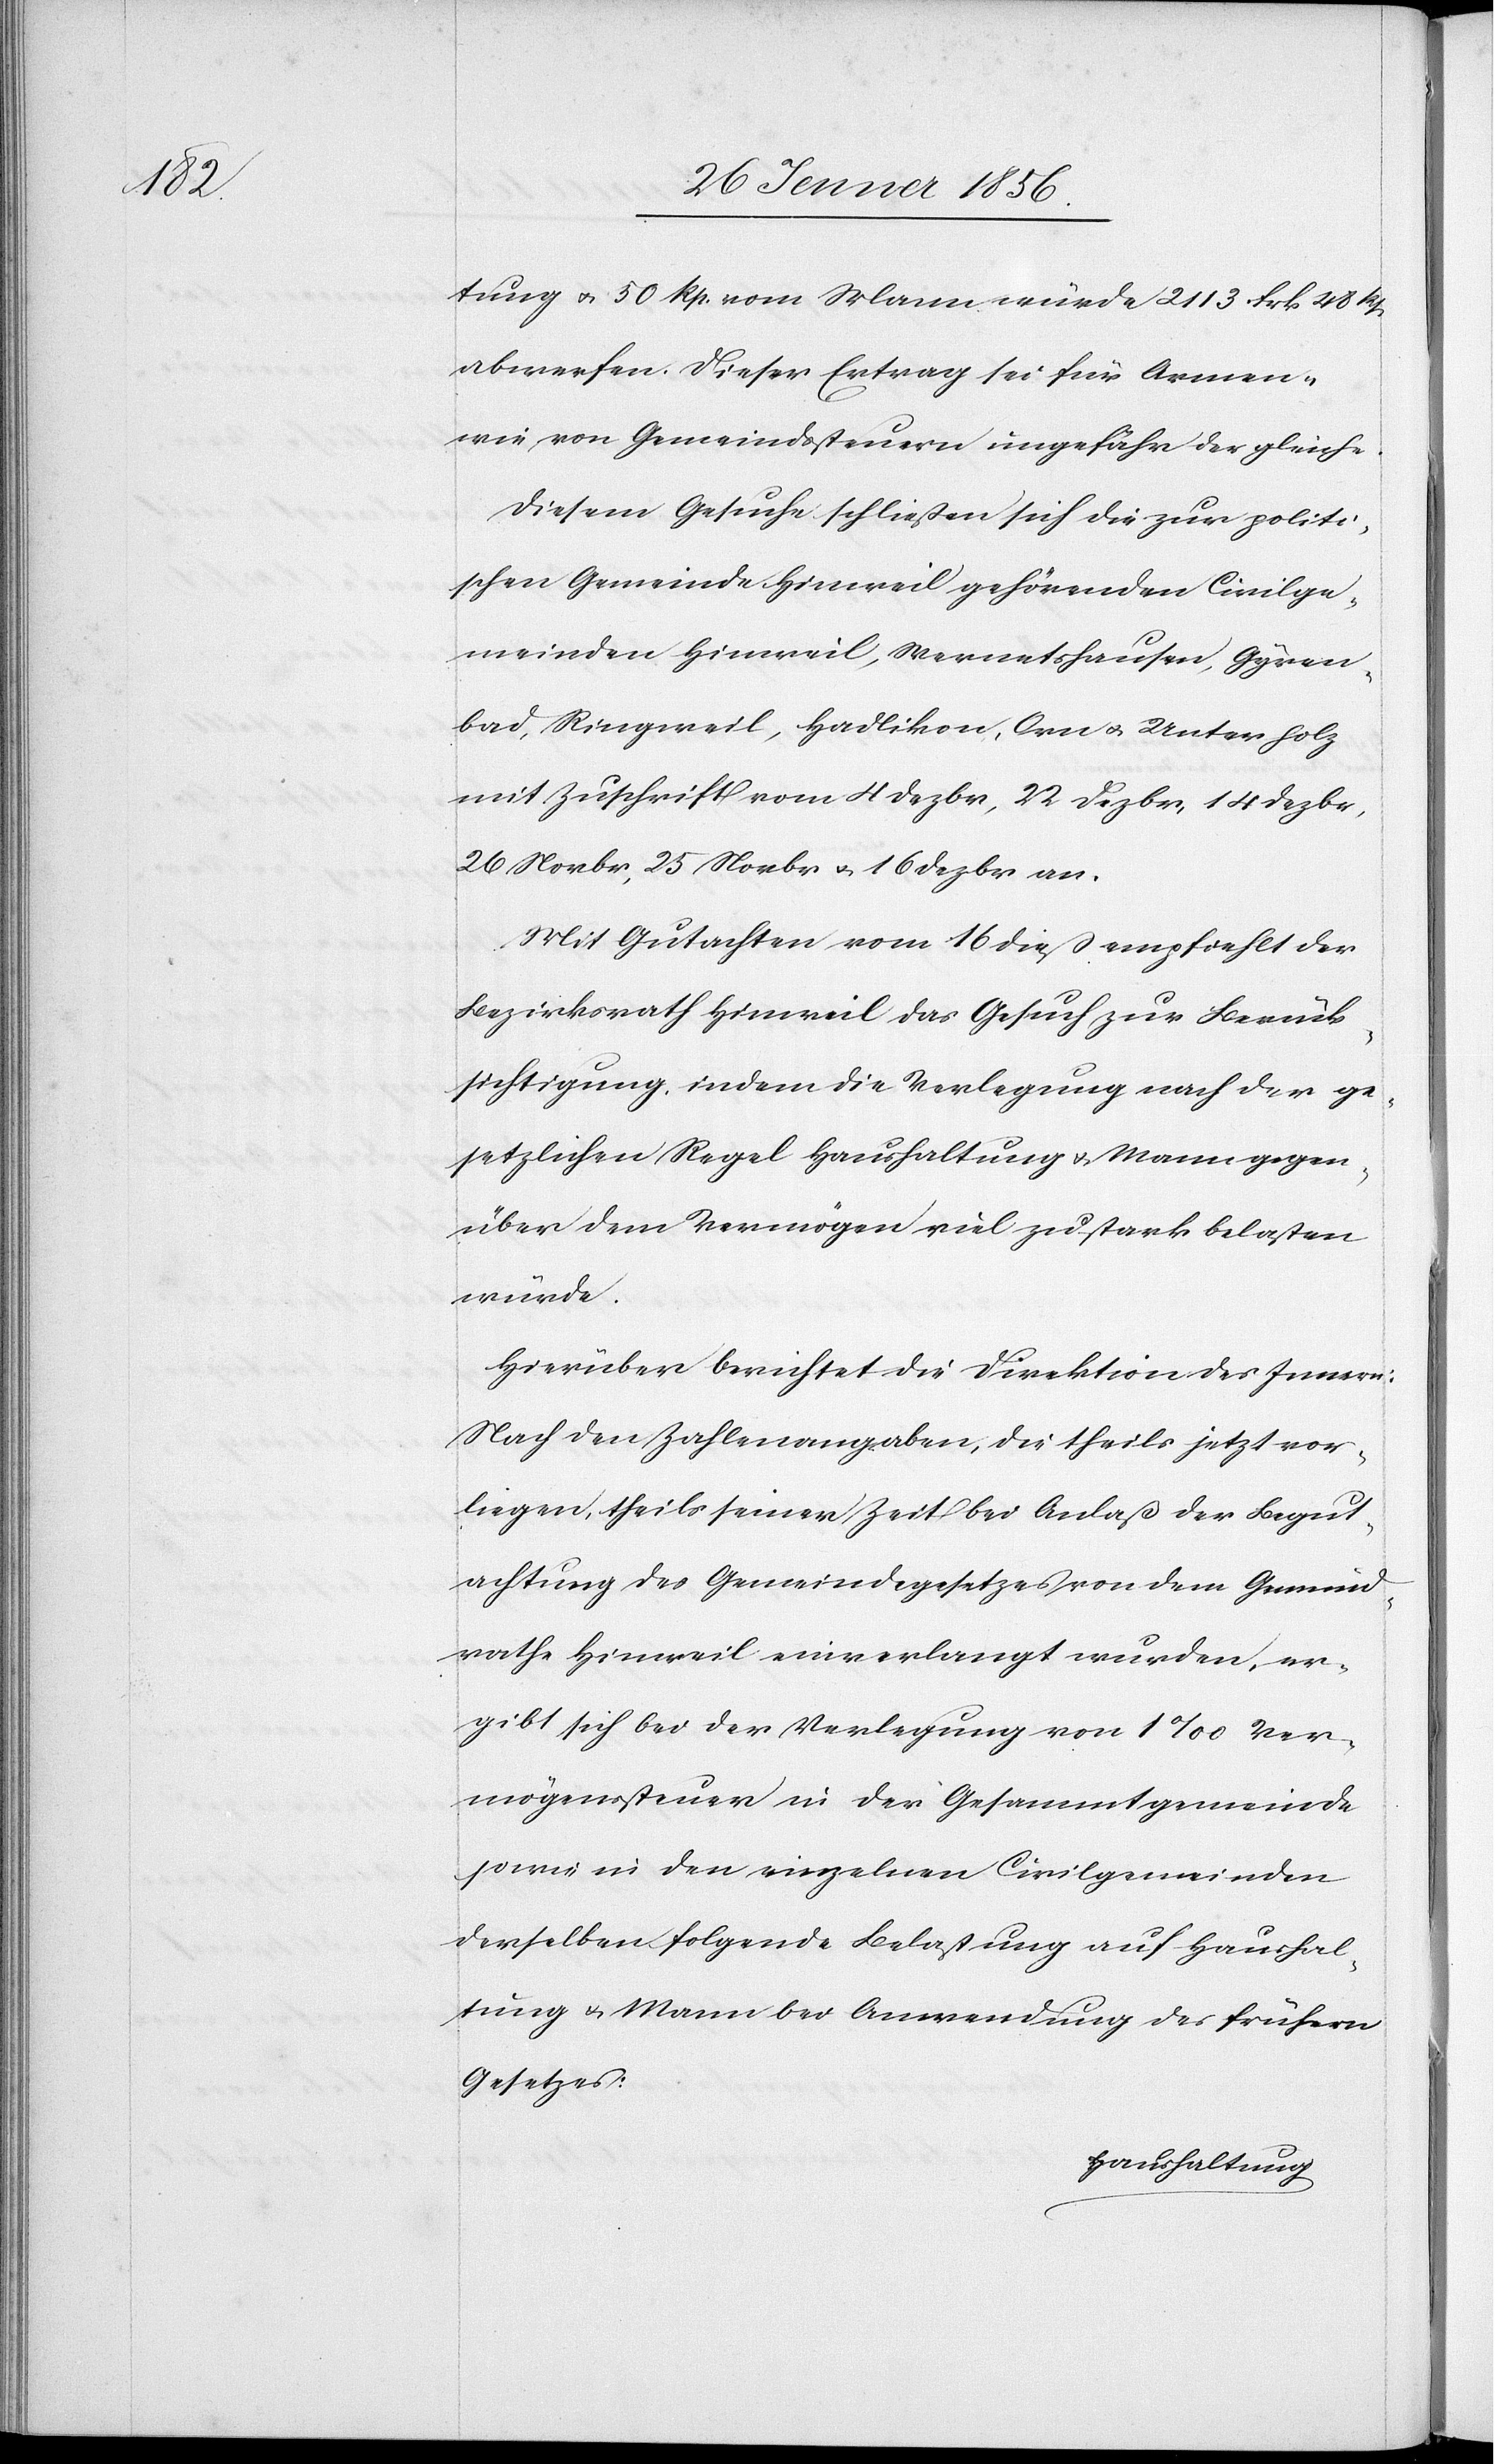
tung u. 50 Rp. vom Mann würde 2113 Frk 48 Rp
abwerfen. Dieser Ertrag sei für Armen-
wie von Gemeindsteuern ungefähr der gleiche.
Diesem Gesuch schließen sich die zur politi¬
schen Gemeinde Hinweil gehörenden Civilge¬
meinden Hinweil, Wernetshausen, Gyren¬
bad, Ringweil, Hadlikon, Orn u. Unterholz
mit Zuschrift vom 4 Dezbr, 22 Dezbr, 14 Dezbr,
26 Novbr, 25 Novbr u. 16 Dezbr an.
Mit Gutachten vom 16 dieß empfiehlt der
Bezirksrath Hinweil das Gesuch zur Berück¬
sichtigung, indem die Verlegung nach der ge¬
setzlichen Regel Haushaltung u. Mann gegen¬
über dem Vermögen viel zu stark belasten
würde.
Hierüber berichtet die Direktion des Innern:
Nach den Zahlenangaben, die theils jetzt vor¬
liegen, theils seiner Zeit bei Anlaß der Begut¬
achtung des Gemeindegesetzes von dem Gemeind¬
rathe Hinweil einverlangt wurden, er¬
gibt sich bei der Verlegung von 1‰ Ver¬
mögenssteuer in der Gesammtgemeinde
sowie in den einzelnen Civilgemeinden
derselben folgende Belastung auf Haushal¬
tung u. Mann bei Anwendung des frühern
Gesetzes: